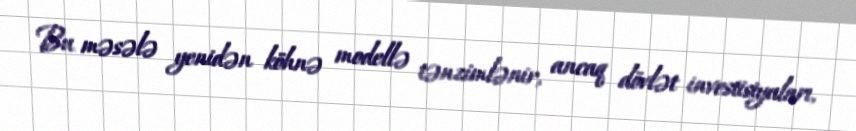
Bu məsələ yenidən köhnə modellə tənzimlənir, ancaq dövlət investisiyaları,